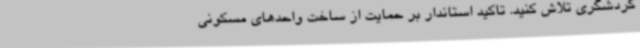
گردشگری تلاش کنید. تاکید استاندار بر حمایت از ساخت واحدهای مسکونی